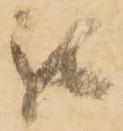
被